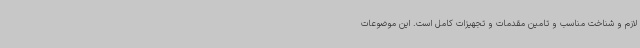
لازم و شناخت مناسب و تامین مقدمات و تجهیزات کامل است. این موضوعات